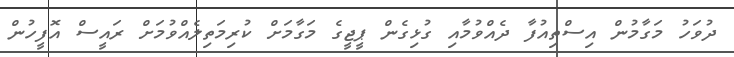
ދުވަހު މަގާމުން އިސްތިއުފާ ދެއްވުމާއި ގުޅިގެން ޕީޖީގެ މަގާމަށް ކުރިމަތިލެއްވުމަށް ރައީސް އޮފީހުން